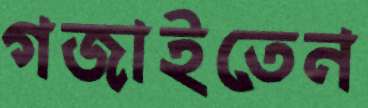
গজাইতেন